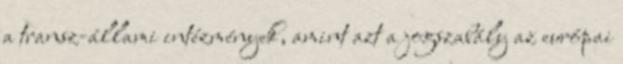
a transz-állami intézmények, amint azt a jogszabály az európai